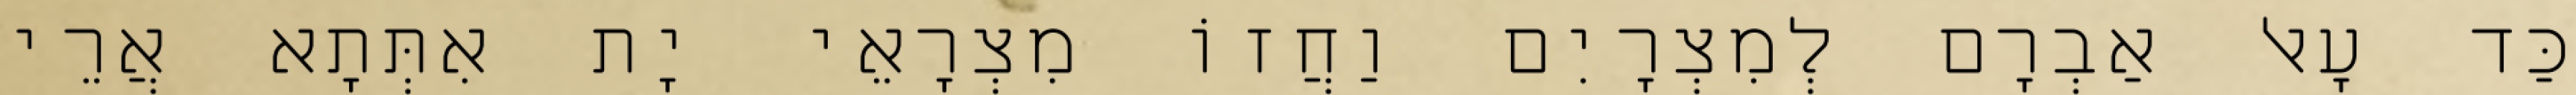
כַּד עָאל אַבְרָם לְמִצְרָיִם וַחֲזוֹ מִצְרָאֵי יָת אִתְּתָא אֲרֵי